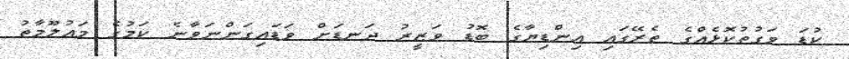
ކުޑަ ވަގުތުކޮޅެއްގެ ތެރޭގައި އިންޑިޔާގެ ބޮޑު ވަޒީރު ދަނޑަށް ވަޑައިގަންނަވާނެ ކަމުގެ މައުލޫމާތު